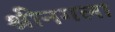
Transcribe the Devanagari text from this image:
श्रीनगला